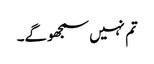
تم نہیں سمجھوگے۔